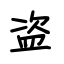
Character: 盗